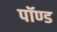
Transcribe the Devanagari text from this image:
पॉण्ड